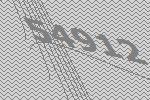
54912